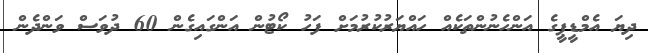
ދިޔަ އެމްޑީޕީގެ އަންހެނުންތަކެއް ހައްޔަރުކުރުމަށް ފަހު ކޯޓުން އަންގައިގެން 60 ދުވަސް ވަންދެން